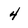
Character: 4